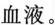
血液。